Lunatic asylums Punjab 1911-1921 - 1911-1921
Year: 1911
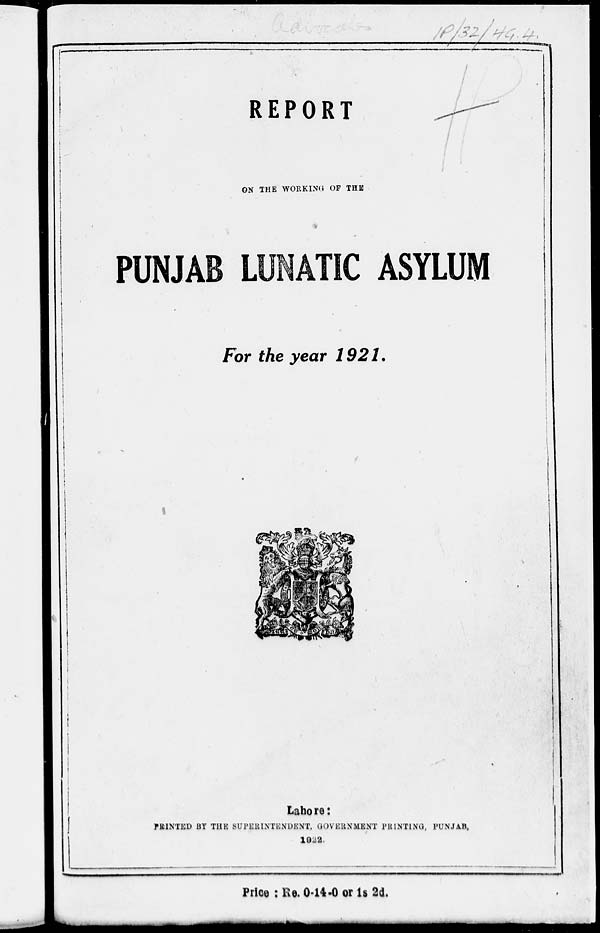
REPORT
ON THE WORKING OF THE
PUNJAB LUNATIC ASYLUM
For the year 1921.
Lahore:
PRINTED BY THE SUPERINTENDENT, GOVERNMENT PRINTING, PUNJAB,
1922.
Price : Re. 0-14-0 or 1s 2d.